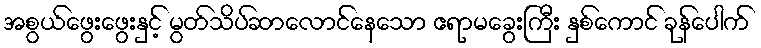
အစွယ်ဖွေးဖွေးနှင့် မွတ်သိပ်ဆာလောင်နေသော ဧရာမခွေးကြီး နှစ်ကောင် ခုန်ပေါက်